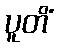
ပူတိံ